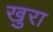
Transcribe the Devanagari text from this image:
खुरा